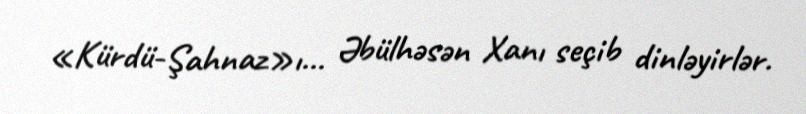
«Kürdü-Şahnaz»ı... Əbülhəsən Xanı seçib dinləyirlər.